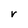
Character: V